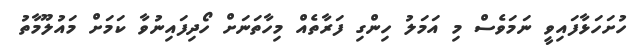
ހުށަހަޅާފައިވީ ނަމަވެސް މި އަމަލު ހިންގި ފަރާތެއް މިހާތަނަށް ހޯދިފައިނުވާ ކަމަށް މައުލޫމާތު